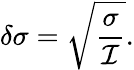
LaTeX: \delta\sigma=\sqrt{\frac{\sigma}{\cal I}}.